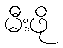
မီးဖို